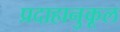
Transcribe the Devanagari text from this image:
प्रदाहानुकूल